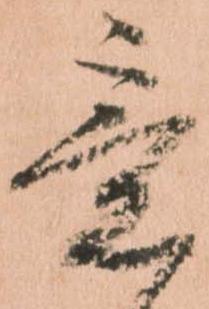
候